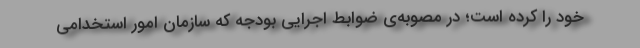
خود را کرده است؛ در مصوبه‌ی ضوابط اجرایی بودجه که سازمان امور استخدامی